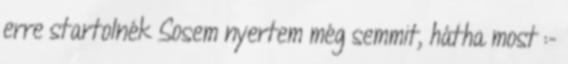
erre startolnék Sosem nyertem még semmit, hátha most :-